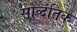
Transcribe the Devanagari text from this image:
सोव्दंतिक